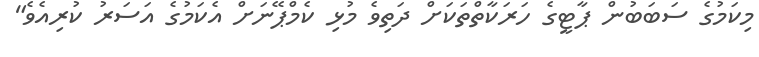
މިކަމުގެ ސަބަބުން ޕާޓީގެ ހަރަކާތްތަކަށް ދަތިވެ މުޅި ކެމްޕޭނަށް އެކަމުގެ އަސަރު ކުރިއެވެ"